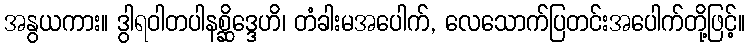
အနွယကား။ ဒွါရဝါတပါနစ္ဆိဒ္ဒေဟိ၊ တံခါးမအပေါက်, လေသောက်ပြတင်းအပေါက်တို့ဖြင့်။